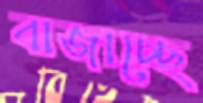
বাজাচ্ছে